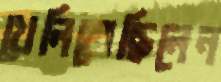
খেলিতেছিলেন